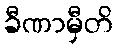
ခီဏာမှီတိ